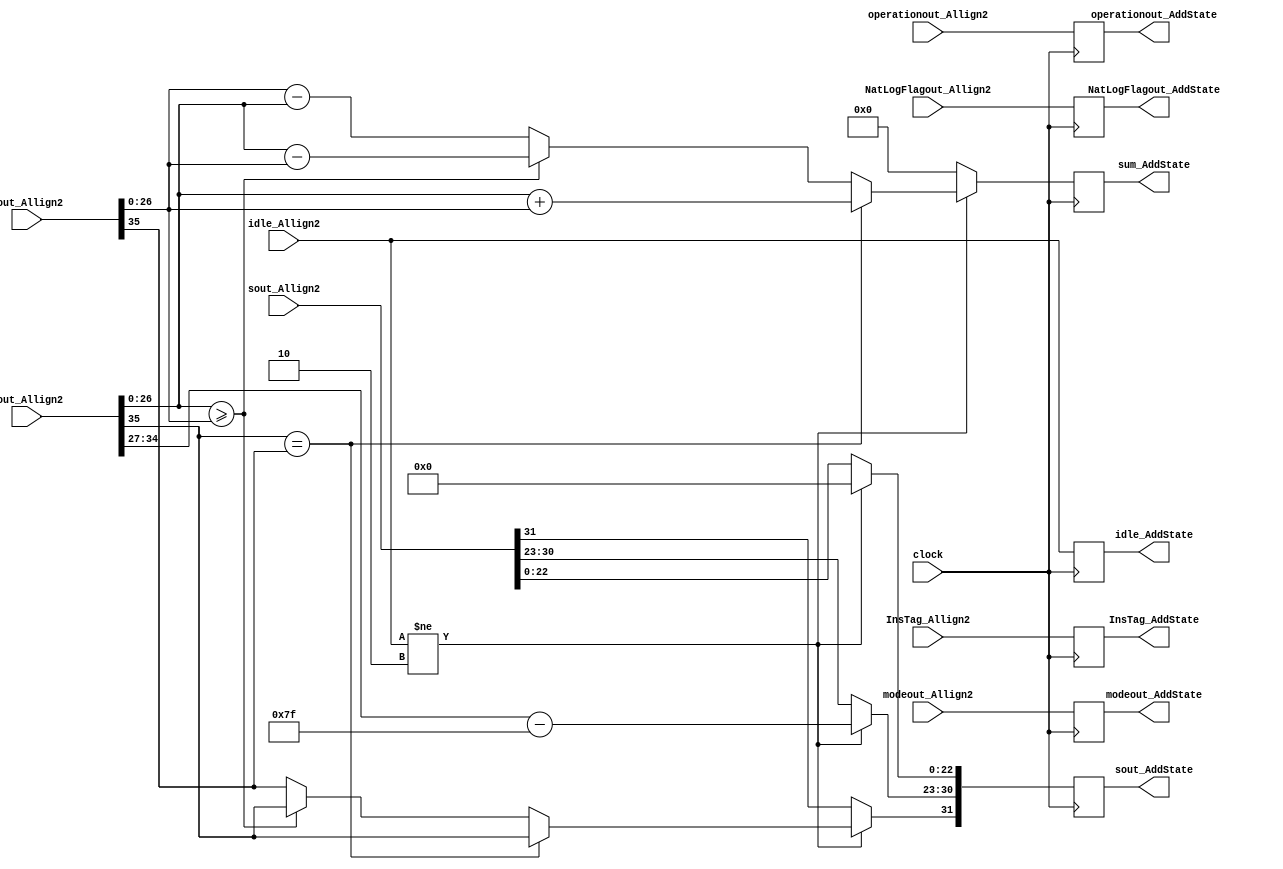
`timescale 1ns / 1ps
//////////////////////////////////////////////////////////////////////////////////
// Company: 
// Engineer: 
// 
// Design Name: 
// Module Name:    AddState 
// Project Name: 
// Target Devices: 
// Tool versions: 
// Description: 
//
// Dependencies: 
//
// Revision: 
// Revision 0.01 - File Created
// Additional Comments: 
//
//////////////////////////////////////////////////////////////////////////////////
module AddState(
	input [1:0] idle_Allign2,
	input [35:0] cout_Allign2,
	input [35:0] zout_Allign2,
	input [31:0] sout_Allign2,
	input [1:0] modeout_Allign2,
	input operationout_Allign2,
	input NatLogFlagout_Allign2,
	input [7:0] InsTag_Allign2,
	input clock,
	output reg [1:0] idle_AddState,
	output reg [31:0] sout_AddState,
	output reg [1:0] modeout_AddState,
	output reg operationout_AddState,
	output reg NatLogFlagout_AddState,
	output reg [27:0] sum_AddState,
	output reg [7:0] InsTag_AddState
    );
	 
parameter mode_circular  =2'b01, 
			 mode_linear    =2'b00, 
			 mode_hyperbolic=2'b11;

parameter no_idle = 2'b00,
			 allign_idle = 2'b01,
			 put_idle = 2'b10;

wire z_sign;
wire [7:0] z_exponent;
wire [26:0] z_mantissa;

wire c_sign;
wire [7:0] c_exponent;
wire [26:0] c_mantissa;

assign z_sign = zout_Allign2[35];
assign z_exponent = zout_Allign2[34:27] - 127;
assign z_mantissa = {zout_Allign2[26:0]};

assign c_sign = cout_Allign2[35];
assign c_exponent = cout_Allign2[34:27] - 127;
assign c_mantissa = {cout_Allign2[26:0]};

always @ (posedge clock)
begin
	
	InsTag_AddState <= InsTag_Allign2;
	idle_AddState <= idle_Allign2;
	modeout_AddState <= modeout_Allign2;
	operationout_AddState <= operationout_Allign2;
	NatLogFlagout_AddState <= NatLogFlagout_Allign2;
	
	if (idle_Allign2 != put_idle) begin
      sout_AddState[30:23] <= c_exponent;
		sout_AddState[22:0] <= 0;
      if (c_sign == z_sign) begin
         sum_AddState <= c_mantissa + z_mantissa;
         sout_AddState[31] <= c_sign;
      end else begin
			if (c_mantissa >= z_mantissa) begin
				sum_AddState <= c_mantissa - z_mantissa;
				sout_AddState[31] <= c_sign;
			end else begin
				sum_AddState <= z_mantissa - c_mantissa;
				sout_AddState[31] <= z_sign;
			end
      end		
	end
	
	else begin
		sout_AddState <= sout_Allign2;
		sum_AddState <= 0;
	end
end

endmodule